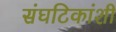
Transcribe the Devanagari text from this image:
संघटिकांशी